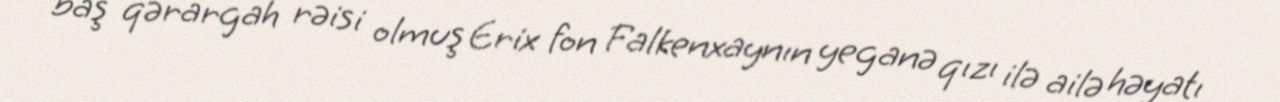
baş qərargah rəisi olmuş Erix fon Falkenxaynın yeganə qızı ilə ailə həyatı